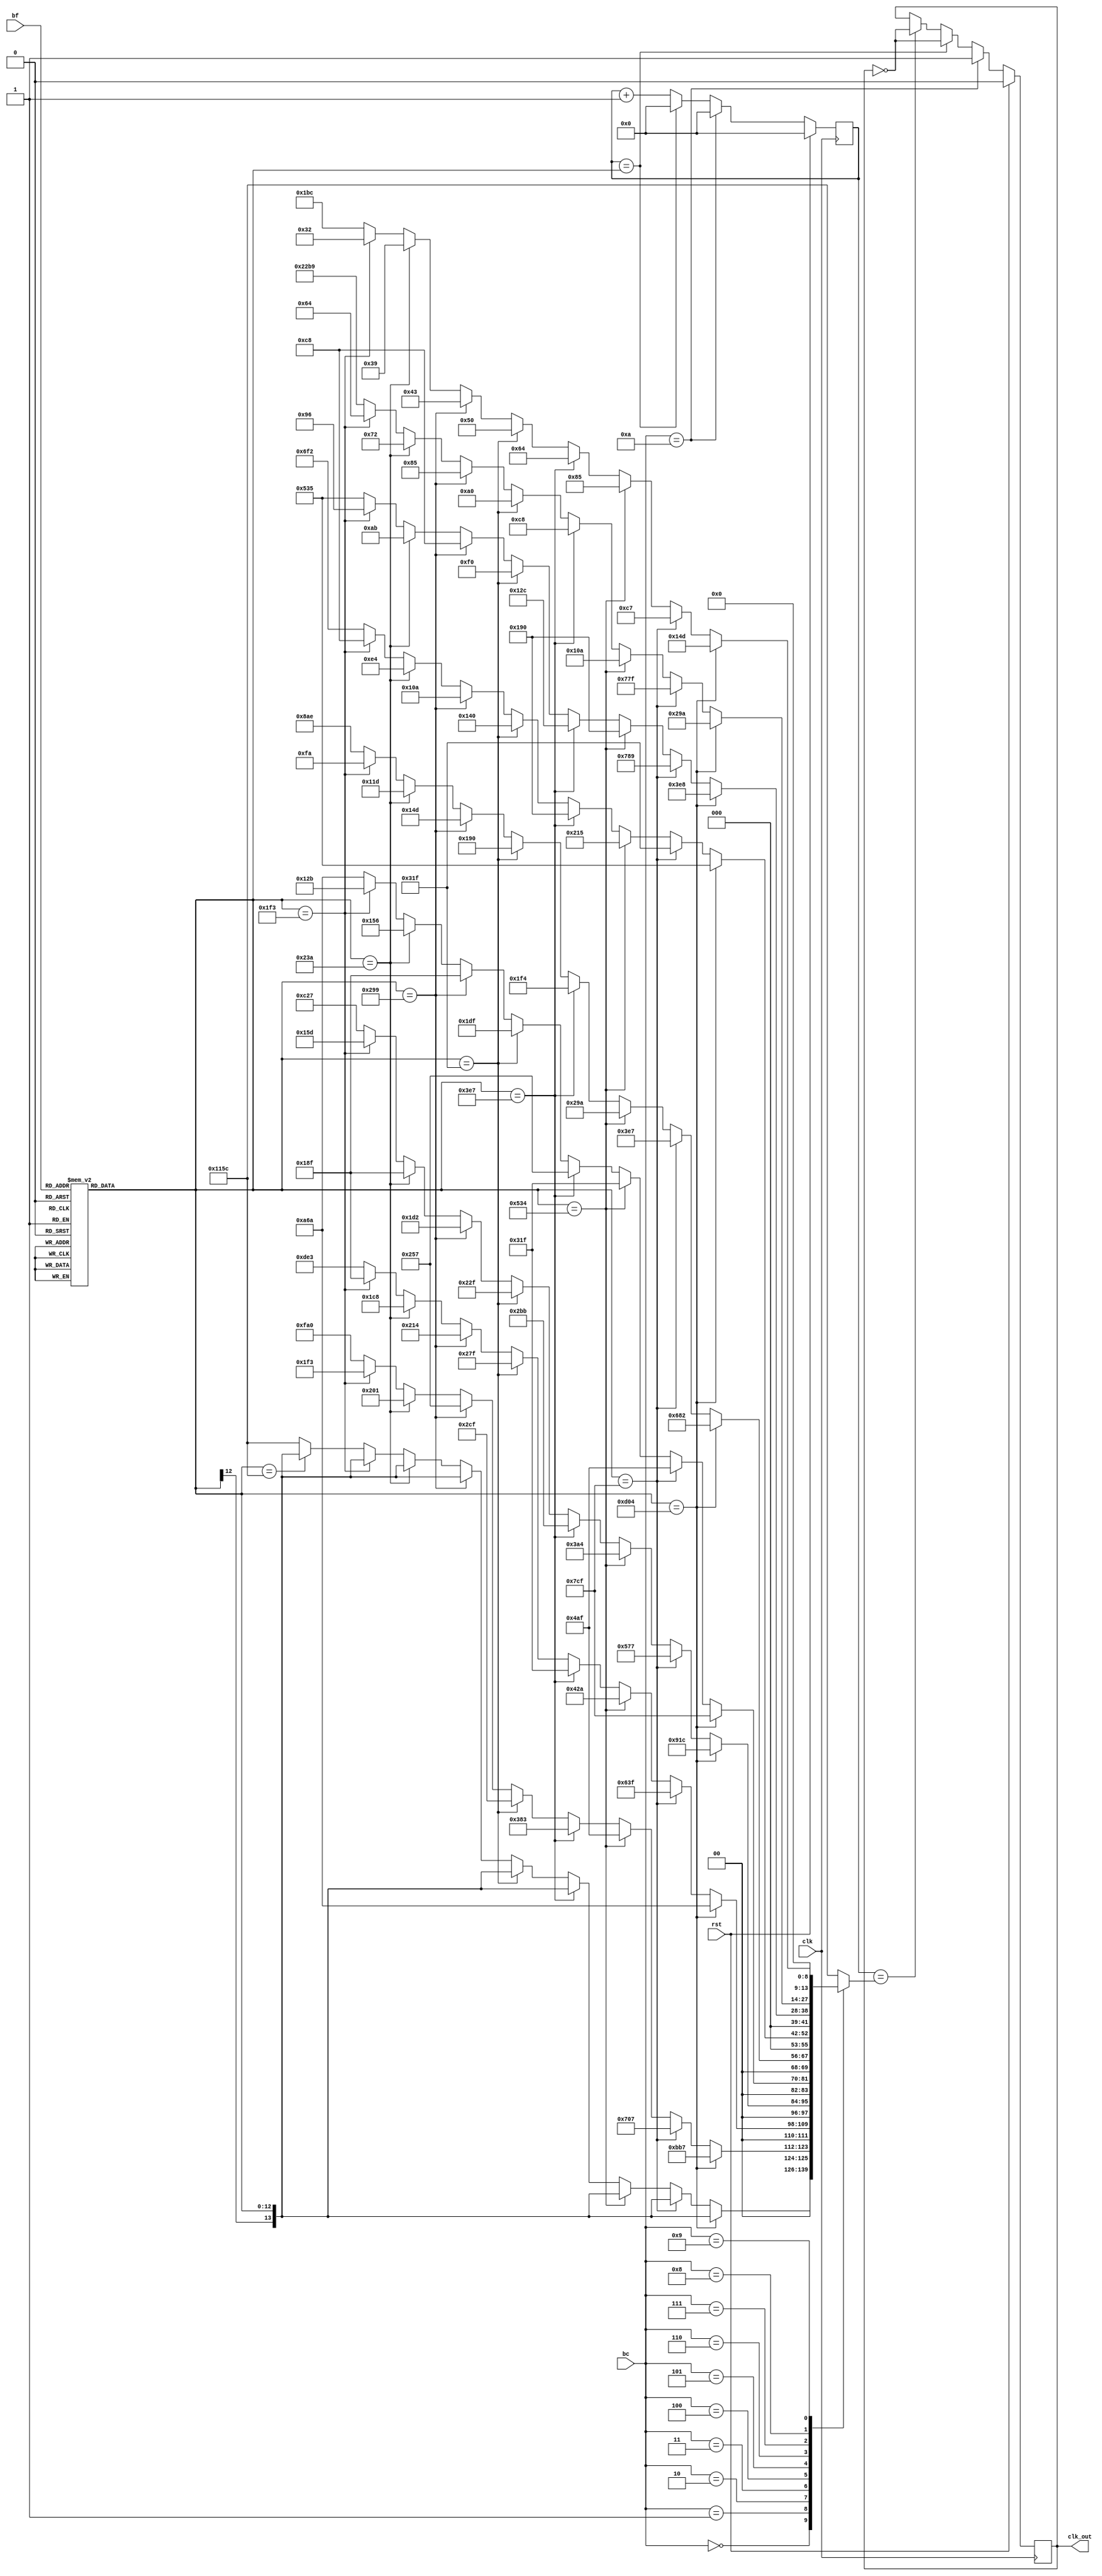
`timescale 1ns / 1ps
//////////////////////////////////////////////////////////////////////////////////
// Company: 
// Engineer: 
// 
// Design Name: 
// Module Name:    FrequencyDivider 
// Project Name: 
// Target Devices: 
// Tool versions: 
// Description: 
//
// Dependencies: 
//
// Revision: 
// Revision 0.01 - File Created
// Additional Comments: 
//
//////////////////////////////////////////////////////////////////////////////////
module FrequencyDivider(clk, bf, bc, clk_out, rst);

	input wire rst;
	input clk;//clk del contador
	reg [13:0] N; //Porque requiero de 12 bits para representar el mas alto de los numeros por los cuales debo dividir, pero en el proceso se suman 2'b
	output reg clk_out = 0; // Este sera el reloj de salida
	reg signed [12:0] contador = 0;
	reg signed [12:0] Div;
	//Dado que el contador que viene de los botones llega a un maximo de 10, requiero de 4 bits para representar las siguientes entradas
	input [3:0]bf; //El conteo que viene desde el aumento de la frecuencia
	input [3:0]bc; //El conteo que viene desde el aumento de la corriente o del ciclo de trabajo


	always @(bf,Div)
		case (bf)	//Aca entra el contador de la frecuencia, que selecciona uno de los valores a continuacion por cada pulso del boton
			10'd1: Div = 3332; //Frecuencia de 30 kHz
			10'd2: Div = 1999; //Frecuencia de 50 kHz
			10'd3: Div = 1332; //Frecuencia de 75 kHz
			10'd4: Div = 999; //Frecuencia de 100 kHz
			10'd5: Div = 799; //Frecuencia de 125 kHz
			10'd6: Div = 665; //Frecuencia de 150 kHz
			10'd7: Div = 570; //Frecuencia de 175 kz
			10'd8: Div = 499; //Frecuencia de 200 kHz
			//Frecuencia de 22,5 kHz
			default: Div = 4444; // Esto para que el numero se pueda representar con 12 bits, y no sea necesario utilizar un registro con muchos valores
		endcase
		
	always @(bc, Div, N)	//Se colocan estos valores de sentencia porque son las variables que se utilizan en el always
		case (bc)
			10'd0:	//En caso de que no se haya presionado el boton de cambio de ciclo de trabajo, la division sera utilizada con el divisor normal
					if (Div ==3332)
						N<=Div;
					else 
						if (Div ==1999)
							N<=Div;
						else 
							if (Div ==1332)
								N<=Div;
							else 
								if (Div ==999)
									N<=Div;
								else 
									if (Div ==799)
										N<=Div;
									else 
										if (Div ==665)
											N<=Div;
										else 
											if (Div ==570)
												N<=Div;
											else 
												if (Div ==499)
													N<=Div;
												else 
													if (Div ==4444)
														N<=Div;
													else 
														N<=4444; //Por si se diera un valor distinto a los especificados anteriormente
														
			10'd1: //Esta representara cuando el ciclo de trabajo es igual al 10%
					if (Div == 3332)
						N<=2999;
					else 
						if (Div ==1999)
							N<=1799;
						else 
							if (Div ==1332)
								N<=1199;
							else 
								if (Div ==999)
									N<=899;
								else 
									if (Div ==799)
										N<=719;
									else 
										if (Div ==665)
											N<=599;
										else 
											if (Div ==570)
												N<=513;
											else 
												if (Div ==499)
													N<=499;
												else 
													if (Div ==4444)
														N<=4000;
													else 
														N<=4000;
		
			10'd2: //Esta representara cuando el ciclo de trabajo es igual al 20%
					if (Div ==3332)
						N<=2666;
					else 
						if (Div ==1999)
							N<=1599;
						else 
							if (Div ==1332)
								N<=1066;
							else 
								if (Div ==999)
									N<=799;
								else 
									if (Div ==799)
										N<=639;
									else 
										if (Div ==665)
											N<=532;
										else 
											if (Div ==570)
												N<=456;
											else 
												if (Div ==499)
													N<=399;
												else 
													if (Div ==4444)
														N<=3555;
													else 
														N<=3555;
			10'd3: //Esta representara cuando el ciclo de trabajo es igual al 30%
					if (Div ==3332)
						N<=2332;
					else 		
						if (Div ==1999)
							N<=1399;
						else	
							if (Div ==1332)
								N<=932;
							else 
								if (Div ==999)
									N<=699;
								else 
									if (Div ==799)
										N<=559;
									else 
										if (Div ==665)
											N<=466;
										else 	
											if (Div ==570)
												N<=399;
											else 	
												if (Div ==499)
													N<=349;
												else 
													if (Div ==4444)
														N<=3111;
													else
														N<=3111;
			10'd4:	//Esta representara cuando el ciclo de trabajo es igual al 40%
					if (Div ==3332)
						N<=1999;
					else 
						if (Div ==1999)
							N<=1199;
						else 
							if (Div ==1332)
								N<=799;
							else 
								if (Div ==999)
									N<=599;
								else 
									if (Div ==799)
										N<=479;
									else 
										if (Div ==665)
											N<=399;
										else 
											if (Div ==570)
												N<=342;
											else 
												if (Div ==499)
													N<=299;
												else 
													if (Div ==4444)
														N<=2666;
													else 
														N<=2666;
			10'd5: //Esta representara cuando el ciclo de trabajo es igual al 50%
					if (Div ==3332)
						N<=1666;
					else 
						if (Div ==1999)
							N<=999;
						else 
							if (Div ==1332)
								N<=666;
							else 
								if (Div ==999)
									N<=500;
								else 
									if (Div ==799)
										N<=400;
									else 
										if (Div ==665)
											N<=333;
										else 
											if (Div ==570)
												N<=285;
											else 
												if (Div ==499)
													N<=250;
												else 
													if (Div ==4444)
														N<=2222;
													else 
														N<=2222;
			10'd6:	//Esta representara cuando el ciclo de trabajo es igual al 60%
					if (Div ==3332)
						N<=1333;
					else 
						if (Div ==1999)
							N<=799;
						else 
							if (Div ==1332)
								N<=533;
							else
								if (Div ==999)
									N<=400;
								else 
									if (Div ==799)
										N<=320;
									else 
										if (Div ==665)
											N<=266;
										else 
											if (Div ==570)
												N<=228;
											else 
												if (Div ==499)
													N<=200;
												else 
													if (Div ==4444)
														N<=1778;
													else
														N<=1778;
			10'd7:	//Esta representara cuando el ciclo de trabajo es igual al 70%
					if (Div ==3332)
						N<=1000;
					else 
						if (Div ==1999)
							N<=1929;
						else 
							if (Div ==1332)
								N<=400;
							else 
								if (Div ==999)
									N<=300;
								else 
									if (Div ==799)
										N<=240;
									else 
										if (Div ==665)
											N<=200;
										else 
											if (Div ==570)
												N<=171;
											else 
												if (Div ==499)
													N<=150;
												else 
													if (Div ==4444)
														N<=1333;
													else 
														N<=1333;		
			10'd8:	//Esta representara cuando el ciclo de trabajo es igual al 80%
					if (Div ==3332)
						N<=666;
					else 
						if (Div ==1999)
							N<=1919;
						else 
							if (Div ==1332)
								N<=266;
							else 
								if (Div ==999)
									N<=200;
								else 
									if (Div ==799)
										N<=160;
									else 
										if (Div ==665)
											N<=133;
										else 
											if (Div ==570)
												N<=114;
											else 
												if (Div ==499)
													N<=100;
												else 
													if (Div ==4444)
														N<=8889;
													else 
														N<=8889;	
			10'd9:	//Esta representara cuando el ciclo de trabajo es igual al 90%
					if (Div ==3332)
						N<=333;
					else 
						if (Div ==1999)
							N<=199;
						else 
							if (Div ==1332)
								N<=133;
							else 
								if (Div ==999)
									N<=100;
								else 
									if (Div ==799)
										N<=80;
									else 
										if (Div ==665)
											N<=67;
										else 
											if (Div ==570)
												N<=57;
											else 
												if (Div ==499)
													N<=50;
												else 
													if (Div ==4444)
														N<=444;
													else 
														N<=444;	

			default: N<=4444;
		endcase	
	always @ (posedge clk)
		if (rst) //Cuando se presiona el boton de reset
			begin 
				contador<=0;	
				clk_out<=0;
			end
		else begin 
			if (bc==10) //Esto para que la seal este siempre en alto
				begin
					contador<=0;
					clk_out<=1;
				end
			else	begin 
					if (contador==Div) //Divide la frecuencia al valor necesario especificado desde el contador de frecuencia
						begin
							contador<=0;
							clk_out<=~clk_out; //condicionar para que sea 1 si se selecciono el dutycycle del 100%
						end
					else begin
						if (contador==N) //Utiliza esta variable para modelar el ciclo de trabajo, de modo que el reloj externo conmute cuando se llegue a dicha cuenta (necesaria para cumplir el porcentaje respectivo del ciclo de trabajo)
							begin
								clk_out <=~clk_out;
								contador<=contador +1'b1;
							end
						else
								contador<=contador +1'b1;
					end
					end
					end

endmodule